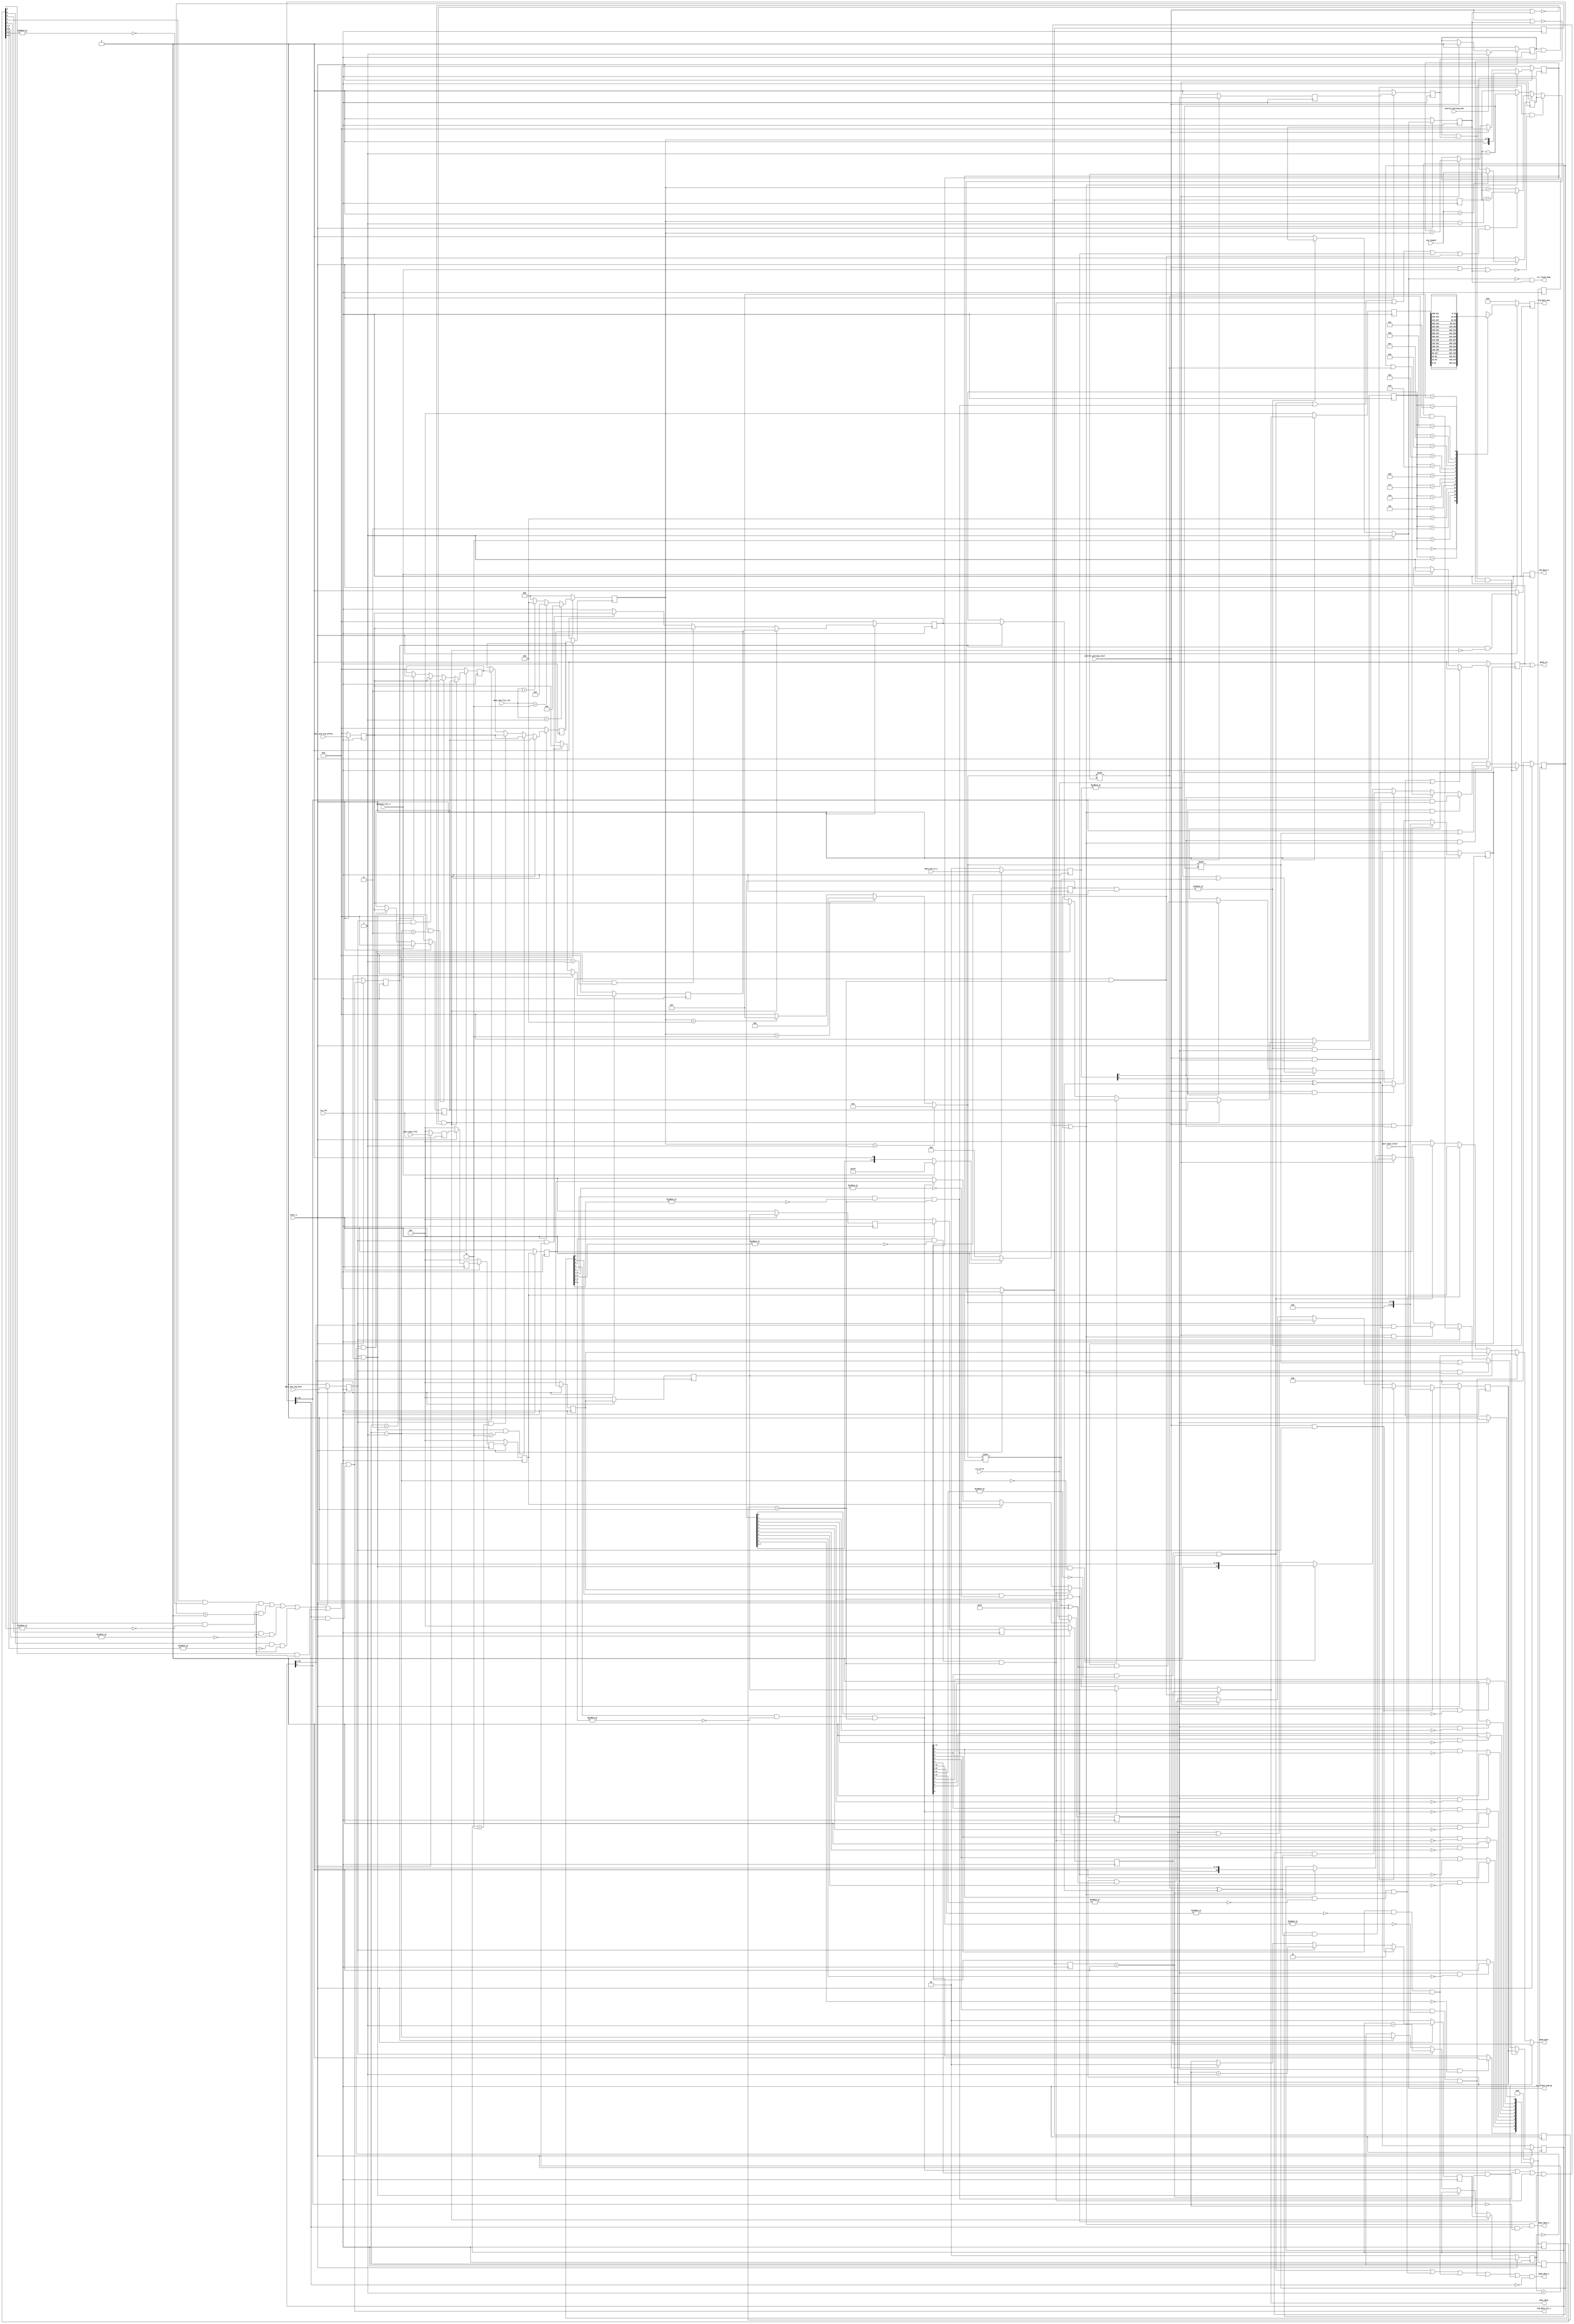
// *!***************************************************************************
// *! Copyright 2019 International Business Machines
// *!
// *! Licensed under the Apache License, Version 2.0 (the "License");
// *! you may not use this file except in compliance with the License.
// *! You may obtain a copy of the License at
// *! http://www.apache.org/licenses/LICENSE-2.0 
// *!
// *! The patent license granted to you in Section 3 of the License, as applied
// *! to the "Work," hereby includes implementations of the Work in physical form.  
// *!
// *! Unless required by applicable law or agreed to in writing, the reference design
// *! distributed under the License is distributed on an "AS IS" BASIS,
// *! WITHOUT WARRANTIES OR CONDITIONS OF ANY KIND, either express or implied.
// *! See the License for the specific language governing permissions and
// *! limitations under the License.
// *! 
// *! The background Specification upon which this is based is managed by and available from
// *! the OpenCAPI Consortium.  More information can be found at https://opencapi.org. 
// *!***************************************************************************
`timescale 1ns / 1ps

//////////////////////////////////////////////////////////////////////////////////
// Company: 
// Engineer: 
// 
// Design Name: 
// Module Name: tlx_data_arb
// Project Name: 
// Target Devices: 
// Tool Versions: 
// Description: 
// 
// Dependencies: 
// 
// Revision:
// Revision 0.01 - File Created
// Additional Comments:
// 
//////////////////////////////////////////////////////////////////////////////////


module ocx_tlx_data_arb(
    input tlx_clk,
    input reset_n,
    input crc_error,
    input bookend_flit_v,    //bookend ctl flit validated data
    output dcp0_data_v,
    output dcp1_data_v,
    output [511:0] dcp0_data,
    output [511:0] dcp1_data,
    output good_crc,
    output crc_flush_done,
    output crc_flush_inprog,
    output cfg_data_v,
    output cfg_data_cnt_v,
    output [31:0] cfg_data_bus,
    input  control_parsing_end, 
    input  control_parsing_start,   
    input [511:0] pars_data_flit,
    input pars_data_valid,
    input [3:0] run_length,
    input [1:0] data_arb_vc_v,
    input data_arb_cfg_hint,
    input [3:0] data_arb_cfg_offset,
    input [1:0] data_arb_flit_cnt
    );
//Signal Declarations
wire [511:0] dcp1_data_wire;

wire [1:0] data_arb_vc_v_din;
reg  [1:0] data_arb_vc_v_dout;
wire [2:0] data_arb_flit_cnt_din;
reg  [2:0] data_arb_flit_cnt_dout;
wire [2:0] data_arb_flit_cnt_dout_m1;
wire [511:0] data_pipe0_din,data_pipe1_din,data_pipe2_din,data_pipe3_din,data_pipe4_din,data_pipe5_din,data_pipe6_din,data_pipe7_din, data_pipe8_din, data_pipe9_din;
reg  [511:0] data_pipe0_dout, data_pipe1_dout, data_pipe2_dout, data_pipe3_dout, data_pipe4_dout, data_pipe5_dout, data_pipe6_dout, data_pipe7_dout, data_pipe8_dout, data_pipe9_dout;
wire [3:0] shift_reg_value;
wire data_vc_v;
wire [9:0] pipe_v_din;
reg  [9:0] pipe_v_dout;
wire rd_stg4_v_clone_dcp0,rd_stg3_v_clone_dcp0,rd_stg5_v_clone_dcp0, rd_stg6_v_clone_dcp0, rd_stg9_v_clone_dcp0;
wire rd_stg4_v_clone_dcp1,rd_stg3_v_clone_dcp1,rd_stg5_v_clone_dcp1, rd_stg6_v_clone_dcp1, rd_stg9_v_clone_dcp1;
wire rd_stg4_v_clone_cfg,rd_stg3_v_clone_cfg,rd_stg5_v_clone_cfg, rd_stg6_v_clone_cfg, rd_stg9_v_clone_cfg;
wire vc_shift_decr,vc_shift_incr;
wire [3:0] vc_shift_minus1, vc_shift_plus;
wire [3:0] vc_shift_load_ptr_din;
reg  [3:0] vc_shift_load_ptr_dout, vc_shift_load_ptr_dout_clone_dcp1, vc_shift_load_ptr_dout_clone_dcp0,vc_shift_load_ptr_dout_clone_cfg;
wire [15:0] vc_shift_din;
reg  [15:0] vc_shift_dout;
wire [15:0] vc_shift_verified_din;
reg  [15:0] vc_shift_verified_dout;
wire [15:0] cfg_shift_din;
reg  [15:0] cfg_shift_dout;
wire [15:0] cfg_shift_verified_din;
reg  [15:0] cfg_shift_verified_dout;
wire bookend_flit_din;
reg  bookend_flit_dout;
wire [8:0] good_crc_shift_din;
reg  [8:0] good_crc_shift_dout;
wire crc_flush_inprog_din;
reg  crc_flush_inprog_dout;
wire crc_flush_done_wire;
reg  [3:0] run_length_hold_dout;
wire [3:0] run_length_hold_din;
wire crc_error_din;
reg  crc_error_dout;
wire ctl_flit_parse_done_din;
reg  ctl_flit_parse_done_dout;
reg  crc_error_s2_dout;
wire crc_error_s2_din;
reg  crc_error_s3_dout;
wire crc_error_s3_din;
reg  [3:0] vc_shift_verif_ptr_dout;
wire [3:0] vc_shift_verif_ptr_din;
reg  data_arb_cfg_hint_dout;
wire data_arb_cfg_hint_din;
reg  [1:0] cfg_offset_wr_ptr_dout;
wire [1:0] cfg_offset_wr_ptr_din;
wire cfg_offset_incr;
wire cfg_offset_decr;
wire cfg_offset_hold;
reg  [31:0] cfg_data_bus_reg;
reg [3:0] cfg_offset_shift0_dout;
wire [3:0] cfg_offset_shift0_din;
reg [3:0] cfg_offset_shift1_dout;
wire [3:0] cfg_offset_shift1_din;
reg [3:0] cfg_offset_shift2_dout;
wire [3:0] cfg_offset_shift2_din;
reg [3:0] cfg_offset_shift3_dout;
wire [3:0] cfg_offset_shift3_din;
reg [3:0] cfg_offset_verif_shift0_dout;
wire [3:0] cfg_offset_verif_shift0_din;
reg [3:0] cfg_offset_verif_shift1_dout;
wire [3:0] cfg_offset_verif_shift1_din;
reg [3:0] cfg_offset_verif_shift2_dout;
wire [3:0] cfg_offset_verif_shift2_din;
reg [3:0] cfg_offset_verif_shift3_dout;
wire [3:0] cfg_offset_verif_shift3_din;
wire cfg_shift;
wire cfg_wr;
wire cfg_data_v_din;
reg  cfg_data_v_dout;
wire [511:0] cfg_data_bus_din;
reg  [511:0] cfg_data_bus_dout;
wire [3:0] data_arb_cfg_offset_din;
reg  [3:0] data_arb_cfg_offset_dout;
wire cfg_data_v_s1_din;
reg  cfg_data_v_s1_dout;
wire [1:0] cfg_offset_verif_ptr_din;
reg  [1:0] cfg_offset_verif_ptr_dout;
wire crc_reset;
reg  [9:0] pipe_v_clone_dout;
reg  [9:0] pipe_v_clone_cfg_dout;
wire [19:0]  vc_shift_verified_shifted_temp;
wire [18:0]  vc_shifted_reg_value_temp_1;
wire [19:0]  vc_shifted_reg_value_temp_0;
wire [19:0]  cfg_shifted_reg_verified_temp;
parameter [15:0] vc0_mask = 16'hFF;
always @(posedge tlx_clk) //latch instantiations 
    begin
        if(!reset_n)
        begin
            data_arb_cfg_hint_dout            <= 1'b0;
            cfg_shift_verified_dout           <= 16'b0;
            cfg_shift_dout                    <= 16'b0;                      
            data_arb_vc_v_dout[1:0]           <= 2'b0;
            data_arb_flit_cnt_dout            <= 3'b0;
            data_pipe0_dout[511:0]            <= 512'b0;
            data_pipe1_dout[511:0]            <= 512'b0;
            data_pipe2_dout[511:0]            <= 512'b0;
            data_pipe3_dout[511:0]            <= 512'b0;
            data_pipe4_dout[511:0]            <= 512'b0;
            data_pipe5_dout[511:0]            <= 512'b0;
            data_pipe6_dout[511:0]            <= 512'b0;
            data_pipe7_dout[511:0]            <= 512'b0;
            data_pipe8_dout[511:0]            <= 512'b0;
            data_pipe9_dout[511:0]            <= 512'b0;
            vc_shift_dout[15:0]               <= 16'b0;
            vc_shift_load_ptr_dout_clone_cfg[3:0] <= 4'b0;
            vc_shift_load_ptr_dout_clone_dcp1[3:0] <= 4'b0;
            vc_shift_load_ptr_dout_clone_dcp0[3:0] <= 4'b0;
            vc_shift_verified_dout[15:0]      <= 16'b0;
            vc_shift_load_ptr_dout[3:0]       <= 4'b0;
            pipe_v_dout[9:0]                  <= 10'b0;
            pipe_v_clone_dout[9:0]            <= 10'b0;
            pipe_v_clone_cfg_dout[9:0]        <= 10'b0;
            bookend_flit_dout                 <= 1'b0;
            good_crc_shift_dout               <= 9'b0;
            crc_flush_inprog_dout             <= 1'b0;
            run_length_hold_dout              <= 4'b0;
            crc_error_dout                    <= 1'b0;
            crc_error_s2_dout                 <= 1'b0;
            crc_error_s3_dout                 <= 1'b0;
            ctl_flit_parse_done_dout          <= 1'b0;
            vc_shift_verif_ptr_dout[3:0]      <= 4'b0;
            cfg_offset_wr_ptr_dout[1:0]       <= 2'b0;
            cfg_data_bus_reg[31:0]            <= 32'b0;
            cfg_offset_shift0_dout            <= 4'b0;
            cfg_offset_shift1_dout            <= 4'b0;
            cfg_offset_shift2_dout            <= 4'b0;
            cfg_offset_shift3_dout            <= 4'b0;
            cfg_offset_verif_shift0_dout            <= 4'b0;
            cfg_offset_verif_shift1_dout            <= 4'b0;
            cfg_offset_verif_shift2_dout            <= 4'b0;
            cfg_offset_verif_shift3_dout            <= 4'b0;            
            cfg_data_v_dout                   <= 1'b0;
            cfg_data_bus_dout[511:0]          <= 512'b0;
            data_arb_cfg_offset_dout[3:0]     <= 4'b0;
            cfg_data_v_s1_dout                <= 1'b0;
            cfg_offset_verif_ptr_dout         <= 2'b0;
        end
        else
        begin
            bookend_flit_dout      <= bookend_flit_din;
            data_arb_vc_v_dout     <= data_arb_vc_v_din;
            data_arb_flit_cnt_dout <= data_arb_flit_cnt_din;
            data_pipe0_dout[511:0] <= data_pipe0_din[511:0];
            data_pipe1_dout[511:0] <= data_pipe1_din[511:0];
            data_pipe2_dout[511:0] <= data_pipe2_din[511:0];
            data_pipe3_dout[511:0] <= data_pipe3_din[511:0];
            data_pipe4_dout[511:0] <= data_pipe4_din[511:0];
            data_pipe5_dout[511:0] <= data_pipe5_din[511:0];
            data_pipe6_dout[511:0] <= data_pipe6_din[511:0];
            data_pipe7_dout[511:0] <= data_pipe7_din[511:0];
            data_pipe8_dout[511:0] <= data_pipe8_din[511:0];
            data_pipe9_dout[511:0] <= data_pipe9_din[511:0];
            vc_shift_dout[15:0] <= vc_shift_din[15:0];
            vc_shift_verified_dout[15:0] <= vc_shift_verified_din[15:0];
            vc_shift_load_ptr_dout[3:0] <= vc_shift_load_ptr_din[3:0];
            vc_shift_load_ptr_dout_clone_cfg[3:0] <= vc_shift_load_ptr_din[3:0];
            vc_shift_load_ptr_dout_clone_dcp1[3:0] <= vc_shift_load_ptr_din[3:0];
            vc_shift_load_ptr_dout_clone_dcp0[3:0] <= vc_shift_load_ptr_din[3:0];
            pipe_v_dout[9:0] <= pipe_v_din[9:0];
            pipe_v_clone_dout[9:0] <= pipe_v_din[9:0];
            pipe_v_clone_cfg_dout[9:0] <= pipe_v_din[9:0];
            good_crc_shift_dout[8:0] <= good_crc_shift_din[8:0];
            crc_flush_inprog_dout <= crc_flush_inprog_din;
            run_length_hold_dout <= run_length_hold_din;
            crc_error_dout <= crc_error_din;
            crc_error_s2_dout <= crc_error_s2_din;
            crc_error_s3_dout <= crc_error_s3_din;
            ctl_flit_parse_done_dout <= ctl_flit_parse_done_din;
            vc_shift_verif_ptr_dout[3:0]  <= vc_shift_verif_ptr_din[3:0];
            cfg_shift_verified_dout[15:0]     <= cfg_shift_verified_din[15:0];
            cfg_shift_dout[15:0]              <= cfg_shift_din[15:0]; 
            data_arb_cfg_hint_dout            <= data_arb_cfg_hint_din;  
            cfg_offset_wr_ptr_dout            <= cfg_offset_wr_ptr_din;           
            cfg_offset_shift0_dout            <= cfg_offset_shift0_din;
            cfg_offset_shift1_dout            <= cfg_offset_shift1_din;
            cfg_offset_shift2_dout            <= cfg_offset_shift2_din;
            cfg_offset_shift3_dout            <= cfg_offset_shift3_din;
            cfg_offset_verif_shift0_dout            <= cfg_offset_verif_shift0_din;
            cfg_offset_verif_shift1_dout            <= cfg_offset_verif_shift1_din;
            cfg_offset_verif_shift2_dout            <= cfg_offset_verif_shift2_din;
            cfg_offset_verif_shift3_dout            <= cfg_offset_verif_shift3_din;
            cfg_data_v_dout                   <= cfg_data_v_din;
            cfg_data_bus_dout[511:0]          <= cfg_data_bus_din[511:0];
            data_arb_cfg_offset_dout[3:0]     <= data_arb_cfg_offset_din[3:0];
            cfg_data_v_s1_dout                <= cfg_data_v_s1_din;
            cfg_offset_verif_ptr_dout         <= cfg_offset_verif_ptr_din;
          case ( cfg_offset_shift0_dout[3:0] )        
            4'b0000:  cfg_data_bus_reg <= cfg_data_bus_dout[ 31:  0];
            4'b0001:  cfg_data_bus_reg <= cfg_data_bus_dout[ 63: 32];
            4'b0010:  cfg_data_bus_reg <= cfg_data_bus_dout[ 95: 64];
            4'b0011:  cfg_data_bus_reg <= cfg_data_bus_dout[127: 96];
            4'b0100:  cfg_data_bus_reg <= cfg_data_bus_dout[159:128];
            4'b0101:  cfg_data_bus_reg <= cfg_data_bus_dout[191:160];
            4'b0110:  cfg_data_bus_reg <= cfg_data_bus_dout[223:192];
            4'b0111:  cfg_data_bus_reg <= cfg_data_bus_dout[255:224];
            4'b1000:  cfg_data_bus_reg <= cfg_data_bus_dout[287:256];
            4'b1001:  cfg_data_bus_reg <= cfg_data_bus_dout[319:288];
            4'b1010:  cfg_data_bus_reg <= cfg_data_bus_dout[351:320];
            4'b1011:  cfg_data_bus_reg <= cfg_data_bus_dout[383:352];
            4'b1100:  cfg_data_bus_reg <= cfg_data_bus_dout[415:384];
            4'b1101:  cfg_data_bus_reg <= cfg_data_bus_dout[447:416];
            4'b1110:  cfg_data_bus_reg <= cfg_data_bus_dout[479:448];
            4'b1111:  cfg_data_bus_reg <= cfg_data_bus_dout[511:480];
            default:  cfg_data_bus_reg <= 32'hBADDBADD;    // Short for 'BAD Data, BAD Data'
          endcase                     
        end
    end   
//Unused signals
wire unused_intentionally;
assign unused_intentionally = (| {pipe_v_clone_dout[2:0],
vc_shift_verified_shifted_temp[19:16],
vc_shifted_reg_value_temp_1[18:16],
vc_shifted_reg_value_temp_0[19:16],
cfg_shifted_reg_verified_temp[19:16],
cfg_offset_verif_shift2_dout[3:0],
cfg_offset_verif_shift3_dout[3:0],
pipe_v_clone_cfg_dout[2:0]} );

//Protect data valids with good crc
assign crc_error_din = crc_error;
assign crc_error_s2_din = crc_error_dout;
assign crc_error_s3_din = crc_error_s2_dout;
assign ctl_flit_parse_done_din = control_parsing_end ? 1'b1 :
                                 control_parsing_start ? 1'b0 : ctl_flit_parse_done_dout;
assign good_crc_shift_din = bookend_flit_v ? 9'b111111111 : good_crc_shift_dout <<< 1;   
assign crc_flush_inprog_din = (|(good_crc_shift_dout[8:0] & pipe_v_dout[9:1])) && crc_error_dout ? 1'b1 :
                             !(|(good_crc_shift_dout[8:0] & pipe_v_dout[9:1])) ? 1'b0 : crc_flush_inprog_dout;
assign crc_flush_done_wire = ~crc_flush_inprog_din & crc_flush_inprog_dout; //falling edge of inprogress 
//Valid data pipe
assign pipe_v_din[0] = crc_error_dout ? 1'b0 : pars_data_valid;
assign pipe_v_din[1] = crc_error_dout && ~good_crc_shift_dout[0] ? 1'b0 : pipe_v_dout[0];
assign pipe_v_din[2] = crc_error_dout && ~good_crc_shift_dout[1] ? 1'b0 : pipe_v_dout[1];
assign pipe_v_din[3] = crc_error_dout && ~good_crc_shift_dout[2] ? 1'b0 : pipe_v_dout[2];
assign pipe_v_din[4] = crc_error_dout && ~good_crc_shift_dout[3] ? 1'b0 : (pipe_v_dout[3] & ~rd_stg3_v_clone_dcp1);
assign pipe_v_din[5] = crc_error_dout && ~good_crc_shift_dout[4] ? 1'b0 : (pipe_v_dout[4] & ~rd_stg4_v_clone_dcp1);
assign pipe_v_din[6] = crc_error_dout && ~good_crc_shift_dout[5] ? 1'b0 : (pipe_v_dout[5] & ~rd_stg5_v_clone_dcp1);
assign pipe_v_din[7] = crc_error_dout && ~good_crc_shift_dout[6] ? 1'b0 : (pipe_v_dout[6] & ~rd_stg6_v_clone_dcp1);
assign pipe_v_din[8] = crc_error_dout && ~good_crc_shift_dout[7] ? 1'b0 : pipe_v_dout[7];
assign pipe_v_din[9] = crc_error_dout && ~good_crc_shift_dout[8] ? 1'b0 : pipe_v_dout[8];

//Error command fell through Sim only?
//assign err_data_dropped = pipe_v_dout[9] & ~rd_stg9_v_clone_dcp1; 

//Data Pipeline
assign data_pipe0_din[511:0] = pars_data_flit[511:0];
assign data_pipe1_din[511:0] = data_pipe0_dout[511:0];
assign data_pipe2_din[511:0] = data_pipe1_dout[511:0];
assign data_pipe3_din[511:0] = data_pipe2_dout[511:0];
assign data_pipe4_din[511:0] = data_pipe3_dout[511:0];
assign data_pipe5_din[511:0] = data_pipe4_dout[511:0];
assign data_pipe6_din[511:0] = data_pipe5_dout[511:0];
assign data_pipe7_din[511:0] = data_pipe6_dout[511:0];
assign data_pipe8_din[511:0] = data_pipe7_dout[511:0];
assign data_pipe9_din[511:0] = data_pipe8_dout[511:0];
//VC information
assign data_arb_vc_v_din = data_arb_vc_v;
assign data_arb_flit_cnt_din[2:0] = (data_arb_flit_cnt == 2'b01) ? 3'b001 : //64B of data
                                    (data_arb_flit_cnt == 2'b10) ? 3'b010 : //128B of data
                                    (data_arb_flit_cnt == 2'b11) ? 3'b100 : 3'b000; //256B of data
assign data_vc_v = |data_arb_vc_v_dout;
assign shift_reg_value[3:0] = (data_arb_flit_cnt_dout == 3'b001) ? 4'b0001 : //64B of data
                              (data_arb_flit_cnt_dout == 3'b010) ? 4'b0011 : //128B of data
                              (data_arb_flit_cnt_dout == 3'b100) ? 4'b1111 : 4'b0000; //256B of data
//VC Shift Register
assign vc_shift_minus1[3:0] = vc_shift_load_ptr_dout[3:0] - 4'b0001;

assign data_arb_flit_cnt_dout_m1[2:0] = (data_arb_flit_cnt_dout[2:0] - 3'b001);
assign vc_shift_plus[3:0] = data_vc_v && (rd_stg4_v_clone_dcp0 || rd_stg3_v_clone_dcp1 || rd_stg5_v_clone_dcp1 || rd_stg6_v_clone_dcp1 || rd_stg9_v_clone_dcp1) ? {1'b0,data_arb_flit_cnt_dout_m1[2:0]} + vc_shift_load_ptr_dout[3:0] : //NJO changed dcp0 clone for timing test
                            data_vc_v ? {1'b0,data_arb_flit_cnt_dout[2:0]} + vc_shift_load_ptr_dout[3:0] : 4'b0;
assign vc_shift_incr = data_vc_v;
assign vc_shift_decr = (rd_stg4_v_clone_dcp1 | rd_stg3_v_clone_dcp1 | rd_stg5_v_clone_dcp1 | rd_stg6_v_clone_dcp1 | rd_stg9_v_clone_dcp1);        
assign run_length_hold_din = (run_length > 4'b0) ? run_length : run_length_hold_dout;     

assign vc_shift_verif_ptr_din[3:0] = control_parsing_start && data_vc_v ? {1'b0, data_arb_flit_cnt_dout}   :
                                     control_parsing_start ? 4'b0 :
                                     data_vc_v ? vc_shift_verif_ptr_dout + {1'b0,data_arb_flit_cnt_dout} : vc_shift_verif_ptr_dout;                          
assign vc_shift_load_ptr_din[3:0] = (ctl_flit_parse_done_dout && crc_error_s3_dout && ~(control_parsing_start || bookend_flit_v || crc_flush_inprog_dout)) ? run_length_hold_dout :
                                    vc_shift_incr ? vc_shift_plus :
                                    vc_shift_decr ? vc_shift_minus1 : vc_shift_load_ptr_dout;

//-----------                          
// assign vc_shift_verified_din[15:0] = control_parsing_start && data_arb_vc_v_dout[1] ? {12'b0,shift_reg_value} :
//                                      control_parsing_start && data_arb_vc_v_dout[0] ? 16'b0 :
//                                      data_arb_vc_v_dout[1] ? vc_shift_verified_dout[15:0] |  (shift_reg_value[3:0] <<< vc_shift_verif_ptr_dout[3:0]) :
//                                      data_arb_vc_v_dout[0] ? vc_shift_verified_dout[15:0] & ((shift_reg_value[3:0] <<< vc_shift_verif_ptr_dout[3:0]) ^ vc0_mask) :
//                                      vc_shift_verified_dout;

//assign vc_shift_verified_shifted_temp[19:0] = (shift_reg_value[3:0] <<< vc_shift_verif_ptr_dout[3:0]);
assign vc_shift_verified_shifted_temp[19:0] = ({16'b0, shift_reg_value[3:0]} <<< vc_shift_verif_ptr_dout[3:0]);
assign vc_shift_verified_din[15:0] = control_parsing_start && data_arb_vc_v_dout[1] ? {12'b0,shift_reg_value} :
                                     control_parsing_start && data_arb_vc_v_dout[0] ? 16'b0 :
                                     data_arb_vc_v_dout[1] ? vc_shift_verified_dout[15:0] |  (vc_shift_verified_shifted_temp[15:0]) :
                                     data_arb_vc_v_dout[0] ? vc_shift_verified_dout[15:0] & ((vc_shift_verified_shifted_temp[15:0]) ^ vc0_mask) :
                                     vc_shift_verified_dout;
//-----------                          
                                  
                                  
//-----------                          
// assign vc_shift_din[15:0] = (ctl_flit_parse_done_dout && crc_error_s3_dout && ~(control_parsing_start || crc_flush_inprog_dout)) ? vc_shift_verified_dout :
//                             data_arb_vc_v_dout[1] && vc_shift_decr ? (vc_shift_dout[15:0] >> 1) |  (shift_reg_value[3:0] <<< (vc_shift_load_ptr_dout[3:0]-4'h1)) :
//                             data_arb_vc_v_dout[0] && vc_shift_decr ? (vc_shift_dout[15:0] >> 1) & ((shift_reg_value[3:0] <<< (vc_shift_load_ptr_dout[3:0]-4'h1)) ^ vc0_mask) : 
//                             data_arb_vc_v_dout[1] ? vc_shift_dout[15:0] |  (shift_reg_value[3:0] <<< vc_shift_load_ptr_dout[3:0]) :
//                             data_arb_vc_v_dout[0] ? vc_shift_dout[15:0] & ((shift_reg_value[3:0] <<< vc_shift_load_ptr_dout[3:0]) ^ vc0_mask) : 
//                             vc_shift_decr ? vc_shift_dout >> 1 : vc_shift_dout;

//assign vc_shifted_reg_value_temp_1[18:0] = (shift_reg_value[3:0] <<< (vc_shift_load_ptr_dout[3:0]-4'h1));
//assign vc_shifted_reg_value_temp_0[19:0] = (shift_reg_value[3:0] <<< vc_shift_load_ptr_dout[3:0]);
assign vc_shifted_reg_value_temp_1[18:0] = ({15'b0, shift_reg_value[3:0]} <<< (vc_shift_load_ptr_dout[3:0]-4'h1));
assign vc_shifted_reg_value_temp_0[19:0] = ({16'b0, shift_reg_value[3:0]} <<< vc_shift_load_ptr_dout[3:0]);
assign vc_shift_din[15:0] = (ctl_flit_parse_done_dout && crc_error_s3_dout && ~(control_parsing_start || crc_flush_inprog_dout)) ? vc_shift_verified_dout :
                            data_arb_vc_v_dout[1] && vc_shift_decr ? (vc_shift_dout[15:0] >> 1) |  (vc_shifted_reg_value_temp_1[15:0]) :
                            data_arb_vc_v_dout[0] && vc_shift_decr ? (vc_shift_dout[15:0] >> 1) & ((vc_shifted_reg_value_temp_1[15:0]) ^ vc0_mask) : 
                            data_arb_vc_v_dout[1] ? vc_shift_dout[15:0] |  (vc_shifted_reg_value_temp_0[15:0]) :
                            data_arb_vc_v_dout[0] ? vc_shift_dout[15:0] & ((vc_shifted_reg_value_temp_0[15:0]) ^ vc0_mask) : 
                            vc_shift_decr ? vc_shift_dout >> 1 : vc_shift_dout;
//-----------                          
                                  

//Config hint shift register  
assign crc_reset = (ctl_flit_parse_done_dout & crc_error_s3_dout & ~(control_parsing_start | crc_flush_inprog_dout));
assign data_arb_cfg_hint_din = data_arb_cfg_hint;
                      
//-----------                          
// assign cfg_shift_din[15:0] = (ctl_flit_parse_done_dout && crc_error_s3_dout && ~(control_parsing_start || crc_flush_inprog_dout)) ? cfg_shift_verified_dout :                            
//                             data_arb_cfg_hint_dout && vc_shift_decr ? (cfg_shift_dout[15:0] >> 1) | (shift_reg_value[3:0] <<< (vc_shift_load_ptr_dout[3:0]-1)) :                             
//                             data_arb_cfg_hint_dout ? cfg_shift_dout[15:0] | (shift_reg_value[3:0] <<< vc_shift_load_ptr_dout[3:0]) :
//                             |data_arb_vc_v_dout && vc_shift_decr ? (cfg_shift_dout[15:0] >> 1) & ((shift_reg_value[3:0] <<< (vc_shift_load_ptr_dout[3:0]-1)) ^ vc0_mask) :
//                             |data_arb_vc_v_dout ? cfg_shift_dout[15:0] & ((shift_reg_value[3:0] <<< vc_shift_load_ptr_dout[3:0]) ^ vc0_mask) : 
//                            vc_shift_decr ? cfg_shift_dout >> 1 : cfg_shift_dout;

// assign cfg_shifted_reg_value_temp_1[18:0] = (shift_reg_value[3:0] <<< (vc_shift_load_ptr_dout[3:0]-4'h1));
// assign cfg_shifted_reg_value_temp_0[19:0] = (shift_reg_value[3:0] <<< vc_shift_load_ptr_dout[3:0]);
assign cfg_shift_din[15:0] = (ctl_flit_parse_done_dout && crc_error_s3_dout && ~(control_parsing_start || crc_flush_inprog_dout)) ? cfg_shift_verified_dout :                            
                            data_arb_cfg_hint_dout && vc_shift_decr ? (cfg_shift_dout[15:0] >> 1) |  (vc_shifted_reg_value_temp_1[15:0]) :                             
                            data_arb_cfg_hint_dout ? cfg_shift_dout[15:0] | (vc_shifted_reg_value_temp_0[15:0]) :
                            |data_arb_vc_v_dout && vc_shift_decr    ? (cfg_shift_dout[15:0] >> 1) & ((vc_shifted_reg_value_temp_1[15:0]) ^ vc0_mask) :
                            |data_arb_vc_v_dout    ? cfg_shift_dout[15:0] & ((vc_shifted_reg_value_temp_0[15:0]) ^ vc0_mask) : 
                            vc_shift_decr ? cfg_shift_dout >> 1 : cfg_shift_dout;

//-----------
                    
//-----------
// assign cfg_shift_verified_din[15:0] = control_parsing_start && data_arb_cfg_hint_dout ? {12'b0,shift_reg_value} :
//                                    control_parsing_start && |data_arb_vc_v_dout ? 16'b0 :
//                                    data_arb_cfg_hint_dout ? cfg_shift_verified_dout[15:0] | (shift_reg_value[3:0] <<< vc_shift_verif_ptr_dout[3:0]) :
//                                    |data_arb_vc_v_dout ? cfg_shift_verified_dout[15:0] & ((shift_reg_value[3:0] <<< vc_shift_verif_ptr_dout[3:0]) ^ vc0_mask) :
//                                    cfg_shift_verified_dout;

//assign cfg_shifted_reg_verified_temp[19:0] = (shift_reg_value[3:0] <<< vc_shift_verif_ptr_dout[3:0]);
assign cfg_shifted_reg_verified_temp[19:0] = ({16'b0, shift_reg_value[3:0]} <<< vc_shift_verif_ptr_dout[3:0]);
assign cfg_shift_verified_din[15:0] = control_parsing_start && data_arb_cfg_hint_dout ? {12'b0,shift_reg_value} :
                                   control_parsing_start && |data_arb_vc_v_dout ? 16'b0 :
                                   data_arb_cfg_hint_dout ? cfg_shift_verified_dout[15:0] |  (cfg_shifted_reg_verified_temp[15:0]) :
                                   |data_arb_vc_v_dout    ? cfg_shift_verified_dout[15:0] & ((cfg_shifted_reg_verified_temp[15:0]) ^ vc0_mask) :
                                   cfg_shift_verified_dout;
//-----------

assign data_arb_cfg_offset_din = data_arb_cfg_offset;
assign cfg_offset_incr = data_arb_cfg_hint_dout;
assign cfg_offset_decr = cfg_data_v_dout;
assign cfg_offset_hold = data_arb_cfg_hint_dout & cfg_data_v_dout;
assign cfg_offset_wr_ptr_din[1:0] =  crc_reset ? cfg_offset_verif_ptr_dout:
                                     cfg_offset_hold ? cfg_offset_wr_ptr_dout:
                                     cfg_offset_incr ? cfg_offset_wr_ptr_dout + 2'b01:
                                     cfg_offset_decr ? cfg_offset_wr_ptr_dout - 2'b01: cfg_offset_wr_ptr_dout;
assign cfg_offset_verif_ptr_din[1:0] = control_parsing_start && cfg_offset_incr ? 2'b01: //indicates start of a new frame
                                       cfg_offset_incr ? cfg_offset_verif_ptr_dout + 2'b01: 
                                       control_parsing_start ? 2'b00 : cfg_offset_verif_ptr_dout;                                     
assign cfg_shift = cfg_data_v_dout;
assign cfg_wr = data_arb_cfg_hint_dout;                                     
assign cfg_offset_shift0_din[3:0] = crc_reset ? cfg_offset_verif_shift0_dout :
                                    cfg_offset_hold && (cfg_offset_wr_ptr_dout - 2'b01 == 2'b00) ? data_arb_cfg_offset_dout:
                                    cfg_wr && (cfg_offset_wr_ptr_dout == 2'b00) ? data_arb_cfg_offset_dout :
                                    cfg_shift ? cfg_offset_shift1_dout : cfg_offset_shift0_dout;
assign cfg_offset_shift1_din[3:0] = crc_reset ? cfg_offset_verif_shift1_dout :
                                    cfg_offset_hold && (cfg_offset_wr_ptr_dout - 2'b01 == 2'b01) ? data_arb_cfg_offset_dout:
                                    cfg_wr && (cfg_offset_wr_ptr_dout == 2'b01) ? data_arb_cfg_offset_dout :
                                    cfg_shift ? cfg_offset_shift2_dout : cfg_offset_shift1_dout; 
assign cfg_offset_shift2_din[3:0] = crc_reset ? cfg_offset_verif_shift0_dout :
                                    cfg_offset_hold && (cfg_offset_wr_ptr_dout - 2'b01 == 2'b10) ? data_arb_cfg_offset_dout:
                                    cfg_wr && (cfg_offset_wr_ptr_dout == 2'b10) ? data_arb_cfg_offset_dout :
                                    cfg_shift ? cfg_offset_shift3_dout : cfg_offset_shift2_dout;
assign cfg_offset_shift3_din[3:0] = crc_reset ? cfg_offset_verif_shift0_dout :
                                    cfg_offset_hold && (cfg_offset_wr_ptr_dout - 2'b01 == 2'b11) ? data_arb_cfg_offset_dout:
                                    cfg_wr && (cfg_offset_wr_ptr_dout == 2'b11) ? data_arb_cfg_offset_dout :
                                    cfg_shift ? 4'h0 : cfg_offset_shift3_dout; 
//Verified shift register                                    
assign cfg_offset_verif_shift0_din[3:0] = bookend_flit_v ? 4'h0 :
                                          cfg_wr && (cfg_offset_wr_ptr_dout == 2'b00) ? data_arb_cfg_offset_dout : cfg_offset_verif_shift0_dout;
assign cfg_offset_verif_shift1_din[3:0] = bookend_flit_v ? 4'h0 :
                                          cfg_wr && (cfg_offset_wr_ptr_dout == 2'b01) ? data_arb_cfg_offset_dout : cfg_offset_verif_shift1_dout;                                           
assign cfg_offset_verif_shift2_din[3:0] = bookend_flit_v ? 4'h0 :
                                          cfg_wr && (cfg_offset_wr_ptr_dout == 2'b10) ? data_arb_cfg_offset_dout : cfg_offset_verif_shift2_dout;
assign cfg_offset_verif_shift3_din[3:0] = bookend_flit_v ? 4'h0 :
                                          cfg_wr && (cfg_offset_wr_ptr_dout == 2'b11) ? data_arb_cfg_offset_dout :cfg_offset_verif_shift3_dout;                                                                                                                                      
//Pull data from exits
assign rd_stg9_v_clone_dcp0 = pipe_v_dout[9] & (vc_shift_load_ptr_dout_clone_dcp0 > 4'b0);
assign rd_stg6_v_clone_dcp0 = pipe_v_dout[6] & ~(|pipe_v_dout[9:7]) & (vc_shift_load_ptr_dout_clone_dcp0 > 4'b0);
assign rd_stg5_v_clone_dcp0 = pipe_v_dout[5] & ~(|pipe_v_dout[9:6]) & (vc_shift_load_ptr_dout_clone_dcp0 > 4'b0);
assign rd_stg4_v_clone_dcp0 = pipe_v_dout[4] & ~(|pipe_v_dout[9:5]) & (vc_shift_load_ptr_dout_clone_dcp0 > 4'b0);
assign rd_stg3_v_clone_dcp0 = pipe_v_dout[3] & ~(|pipe_v_dout[9:4]) & (vc_shift_load_ptr_dout_clone_dcp0 > 4'b0);


assign rd_stg9_v_clone_dcp1 = pipe_v_clone_dout[9] & vc_shift_load_ptr_dout_clone_dcp1 > 4'b0;
assign rd_stg6_v_clone_dcp1 = pipe_v_clone_dout[6] & ~(|pipe_v_clone_dout[9:7]) & vc_shift_load_ptr_dout_clone_dcp1 > 4'b0;
assign rd_stg5_v_clone_dcp1 = pipe_v_clone_dout[5] & ~(|pipe_v_clone_dout[9:6]) & vc_shift_load_ptr_dout_clone_dcp1 > 4'b0;
assign rd_stg4_v_clone_dcp1 = pipe_v_clone_dout[4] & ~(|pipe_v_clone_dout[9:5]) & vc_shift_load_ptr_dout_clone_dcp1 > 4'b0;
assign rd_stg3_v_clone_dcp1 = pipe_v_clone_dout[3] & ~(|pipe_v_clone_dout[9:4]) & vc_shift_load_ptr_dout_clone_dcp1 > 4'b0;

assign rd_stg9_v_clone_cfg = pipe_v_clone_cfg_dout[9] & vc_shift_load_ptr_dout_clone_cfg > 4'b0;
assign rd_stg6_v_clone_cfg = pipe_v_clone_cfg_dout[6] & ~(|pipe_v_clone_cfg_dout[9:7]) & vc_shift_load_ptr_dout_clone_cfg > 4'b0;
assign rd_stg5_v_clone_cfg = pipe_v_clone_cfg_dout[5] & ~(|pipe_v_clone_cfg_dout[9:6]) & vc_shift_load_ptr_dout_clone_cfg > 4'b0;
assign rd_stg4_v_clone_cfg = pipe_v_clone_cfg_dout[4] & ~(|pipe_v_clone_cfg_dout[9:5]) & vc_shift_load_ptr_dout_clone_cfg > 4'b0;
assign rd_stg3_v_clone_cfg = pipe_v_clone_cfg_dout[3] & ~(|pipe_v_clone_cfg_dout[9:4]) & vc_shift_load_ptr_dout_clone_cfg > 4'b0;



assign dcp0_data_v = (rd_stg4_v_clone_dcp0 | rd_stg3_v_clone_dcp0 | rd_stg5_v_clone_dcp0 | rd_stg6_v_clone_dcp0 | rd_stg9_v_clone_dcp0) & ~vc_shift_dout[0];
assign dcp1_data_v = (rd_stg4_v_clone_dcp1 | rd_stg3_v_clone_dcp1 | rd_stg5_v_clone_dcp1 | rd_stg6_v_clone_dcp1 | rd_stg9_v_clone_dcp1) & (vc_shift_dout[0] & ~cfg_shift_dout[0]);

assign dcp0_data = (rd_stg9_v_clone_dcp0) ? data_pipe9_dout :
                   (rd_stg6_v_clone_dcp0) ? data_pipe6_dout :
                   (rd_stg5_v_clone_dcp0) ? data_pipe5_dout :
                   (rd_stg3_v_clone_dcp0) ? data_pipe3_dout :
                   (rd_stg4_v_clone_dcp0) ? data_pipe4_dout : 512'b0; 
                   
assign dcp1_data_wire = (rd_stg9_v_clone_dcp1) ? data_pipe9_dout :
                   (rd_stg6_v_clone_dcp1) ? data_pipe6_dout :
                   (rd_stg5_v_clone_dcp1) ? data_pipe5_dout :
                   (rd_stg3_v_clone_dcp1) ? data_pipe3_dout :
                   (rd_stg4_v_clone_dcp1) ? data_pipe4_dout : 512'b0;
assign dcp1_data = dcp1_data_wire;
//                   
assign bookend_flit_din = (pars_data_valid || crc_error) ? 1'b0 :
                          (bookend_flit_v) ? 1'b1 : bookend_flit_dout;                            
assign good_crc = bookend_flit_dout | (|(good_crc_shift_dout[8:0] & pipe_v_dout[9:1]));  
assign crc_flush_done = crc_flush_done_wire;
assign crc_flush_inprog = crc_flush_inprog_din;    

assign cfg_data_v_din = (rd_stg4_v_clone_cfg | rd_stg3_v_clone_cfg | rd_stg5_v_clone_cfg | rd_stg6_v_clone_cfg | rd_stg9_v_clone_cfg) & (vc_shift_dout[0] & cfg_shift_dout[0]);
assign cfg_data_v_s1_din = cfg_data_v_dout & ~crc_reset;
assign cfg_data_v = cfg_data_v_s1_dout;                                       
assign cfg_data_bus_din = dcp1_data_wire;
assign cfg_data_bus = cfg_data_bus_reg;
assign cfg_data_cnt_v = cfg_data_v_din; //Need to send cfg valid to cmd logic to meet timing
endmodule